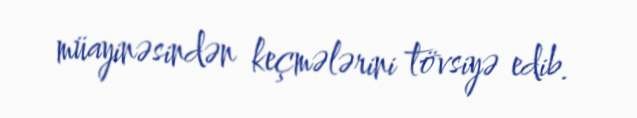
müayinəsindən keçmələrini tövsiyə edib.